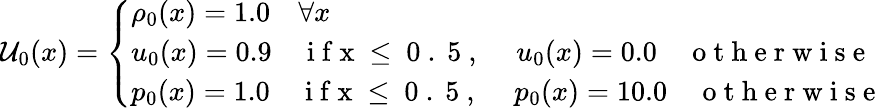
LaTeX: \mathcal{U}_{0}(x)=\left\{ \begin{array}{ll}{\rho_{0}(x)=1.0\quad\forall x}\\ {u_{0}(x)=0.9\quad\mathrm{~i~f~x~\leq~0~.~5~,~}\quad u_{0}(x)=0.0\quad\mathrm{~o~t~h~e~r~w~i~s~e~}}\\ {p_{0}(x)=1.0\quad\mathrm{~i~f~x~\leq~0~.~5~,~}\quad p_{0}(x)=10.0\quad\mathrm{~o~t~h~e~r~w~i~s~e~}}\end{array}\right.